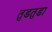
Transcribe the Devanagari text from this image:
तुडतुडा